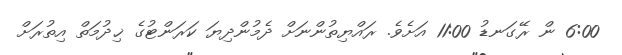
6:00 ން ރޭގަނޑު 11:00 އަށެވެ. ރައްޔިތުންނަށް ދެމުންދިޔަ ކަރަންޓުގެ ޚިދުމަތް އިތުރަށް